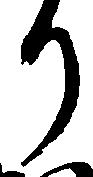
り